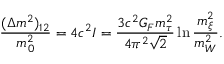
{ \frac { ( \Delta m ^ { 2 } ) _ { 1 2 } } { m _ { 0 } ^ { 2 } } } = 4 c ^ { 2 } I = { \frac { 3 c ^ { 2 } G _ { F } m _ { \tau } ^ { 2 } } { 4 \pi ^ { 2 } \sqrt 2 } } \ln { \frac { m _ { \xi } ^ { 2 } } { m _ { W } ^ { 2 } } } .